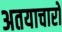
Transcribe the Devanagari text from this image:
अतयाचारों